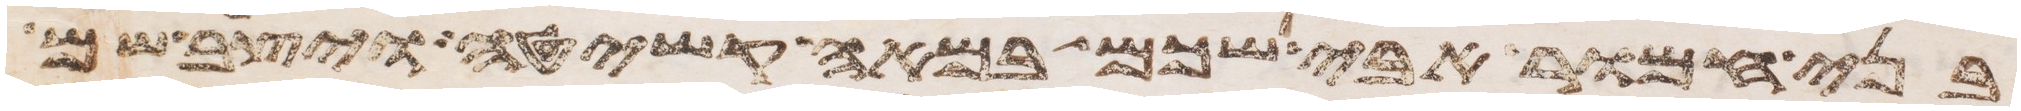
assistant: בני חמור אבי שכם במאה קשיטה ויצב שם